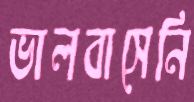
ভালবাসেনি